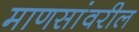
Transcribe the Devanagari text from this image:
माणसांवरील